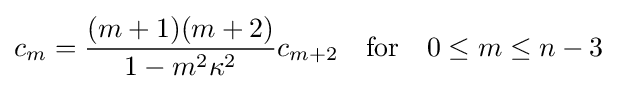
c_{m}={\frac {(m+1)(m+2)}{1-m^{2}\kappa ^{2}}}c_{m+2}\quad {\textrm {for}}\quad 0\leq m\leq n-3